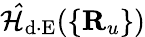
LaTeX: \mathcal{\hat{H}}_{\mathrm{d\cdot E}}(\{ {\mathbf R}_{u}\} )